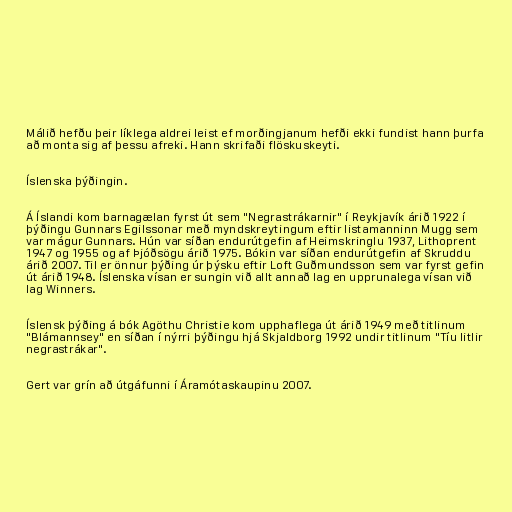
Málið hefðu þeir líklega aldrei leist ef morðingjanum hefði ekki fundist hann þurfa
að monta sig af þessu afreki. Hann skrifaði flöskuskeyti.

Íslenska þýðingin.

Á Íslandi kom barnagælan fyrst út sem "Negrastrákarnir" í Reykjavík árið 1922 í
þýðingu Gunnars Egilssonar með myndskreytingum eftir listamanninn Mugg sem
var mágur Gunnars. Hún var síðan endurútgefin af Heimskringlu 1937, Lithoprent
1947 og 1955 og af Þjóðsögu árið 1975. Bókin var síðan endurútgefin af Skruddu
árið 2007. Til er önnur þýðing úr þýsku eftir Loft Guðmundsson sem var fyrst gefin
út árið 1948. Íslenska vísan er sungin við allt annað lag en upprunalega vísan við
lag Winners.

Íslensk þýðing á bók Agöthu Christie kom upphaflega út árið 1949 með titlinum
"Blámannsey" en síðan í nýrri þýðingu hjá Skjaldborg 1992 undir titlinum "Tíu litlir
negrastrákar".

Gert var grín að útgáfunni í Áramótaskaupinu 2007.